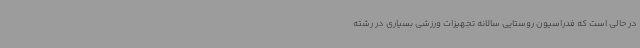
در حالی است که فدراسیون روستایی سالانه تجهیزات ورزشی بسیاری در رشته